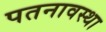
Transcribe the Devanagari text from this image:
पतनावस्था